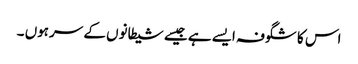
اس کا شگوفہ ایسے ہے جیسے شیطانوں کے سرہوں ۔